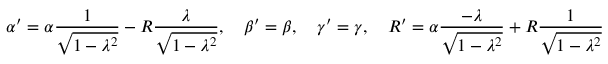
\alpha ^ { \prime } = \alpha { \frac { 1 } { \sqrt { 1 - \lambda ^ { 2 } } } } - R { \frac { \lambda } { \sqrt { 1 - \lambda ^ { 2 } } } } , \quad \beta ^ { \prime } = \beta , \quad \gamma ^ { \prime } = \gamma , \quad R ^ { \prime } = \alpha { \frac { - \lambda } { \sqrt { 1 - \lambda ^ { 2 } } } } + R { \frac { 1 } { \sqrt { 1 - \lambda ^ { 2 } } } }